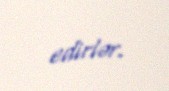
edirlər.